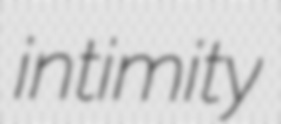
intimity